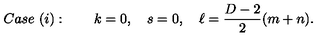
C a s e \ ( i ) : \qquad k = 0 , \quad s = 0 , \quad \ell = \frac { D - 2 } { 2 } ( m + n ) .